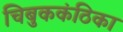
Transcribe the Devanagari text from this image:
चिबुककंठिका